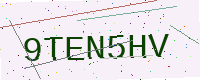
Text: 9TEN5HV